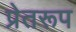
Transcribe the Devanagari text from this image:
प्रेतरूप